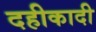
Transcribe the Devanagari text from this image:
दहीकादी